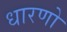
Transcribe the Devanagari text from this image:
धारणो